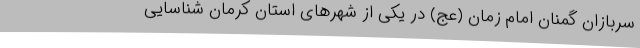
سربازان گمنان امام زمان (عج) در یکی از شهرهای استان کرمان شناسایی